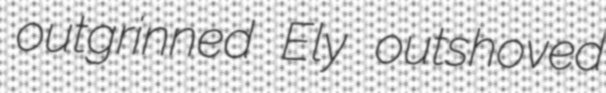
outgrinned Ely outshoved